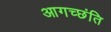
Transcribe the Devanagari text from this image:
आगच्छंति